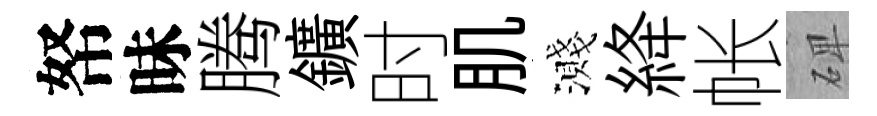
帑昧腾鑛时肌濺絳帐𥓓